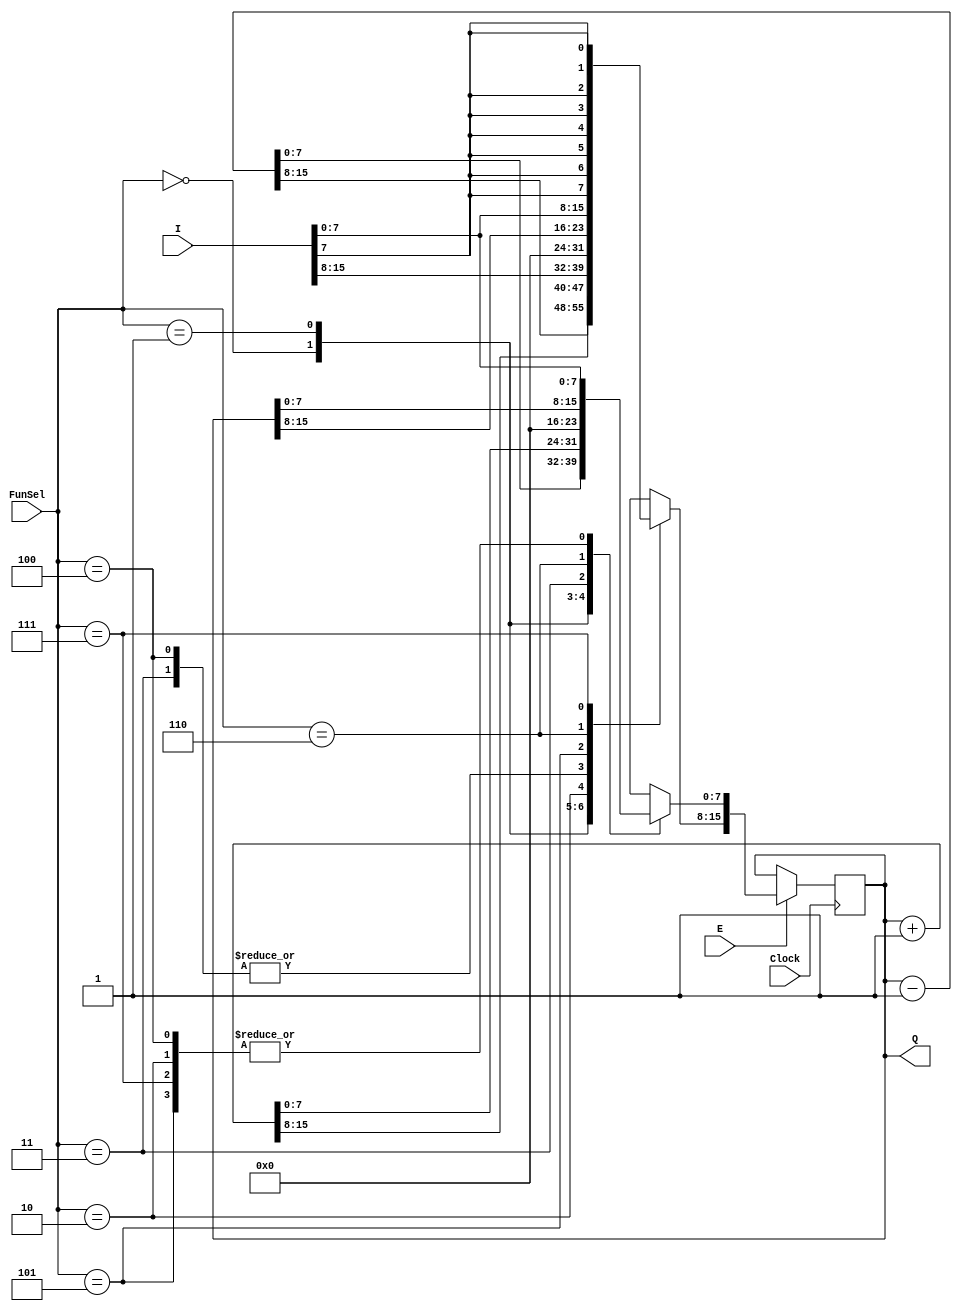
`timescale 1ns / 1ps
//////////////////////////////////////////////////////////////////////////////////
// Company: ITU Computer Engineering Department
// Engineers: Mustafa Bozdoan, Enes Saak
// Project Name: BLG222E Project 1 Simulation
//////////////////////////////////////////////////////////////////////////////////
module Register(FunSel, E, I, Q, Clock);
    input wire [2:0] FunSel;
    input wire E, Clock;
    input wire [15:0] I;
    output reg [15:0] Q;
always @(posedge Clock) begin
    if(E == 1)
        case(FunSel)
            3'b000: Q = Q - 1;
            3'b001: Q = Q + 1;
            3'b010: Q = I;
            3'b011: Q = 16'h0;
            3'b100: Q = {{8'd0}, I[7:0]};
            3'b101: Q[7:0] = I[7:0];
            3'b110: Q[15:8] = I[7:0];
            3'b111: Q = {{8{I[7]}}, I[7:0]};
        endcase
    end                
endmodule